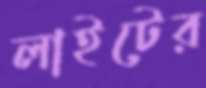
লাইটের